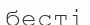
бесті